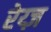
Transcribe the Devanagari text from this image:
रेय्ज़